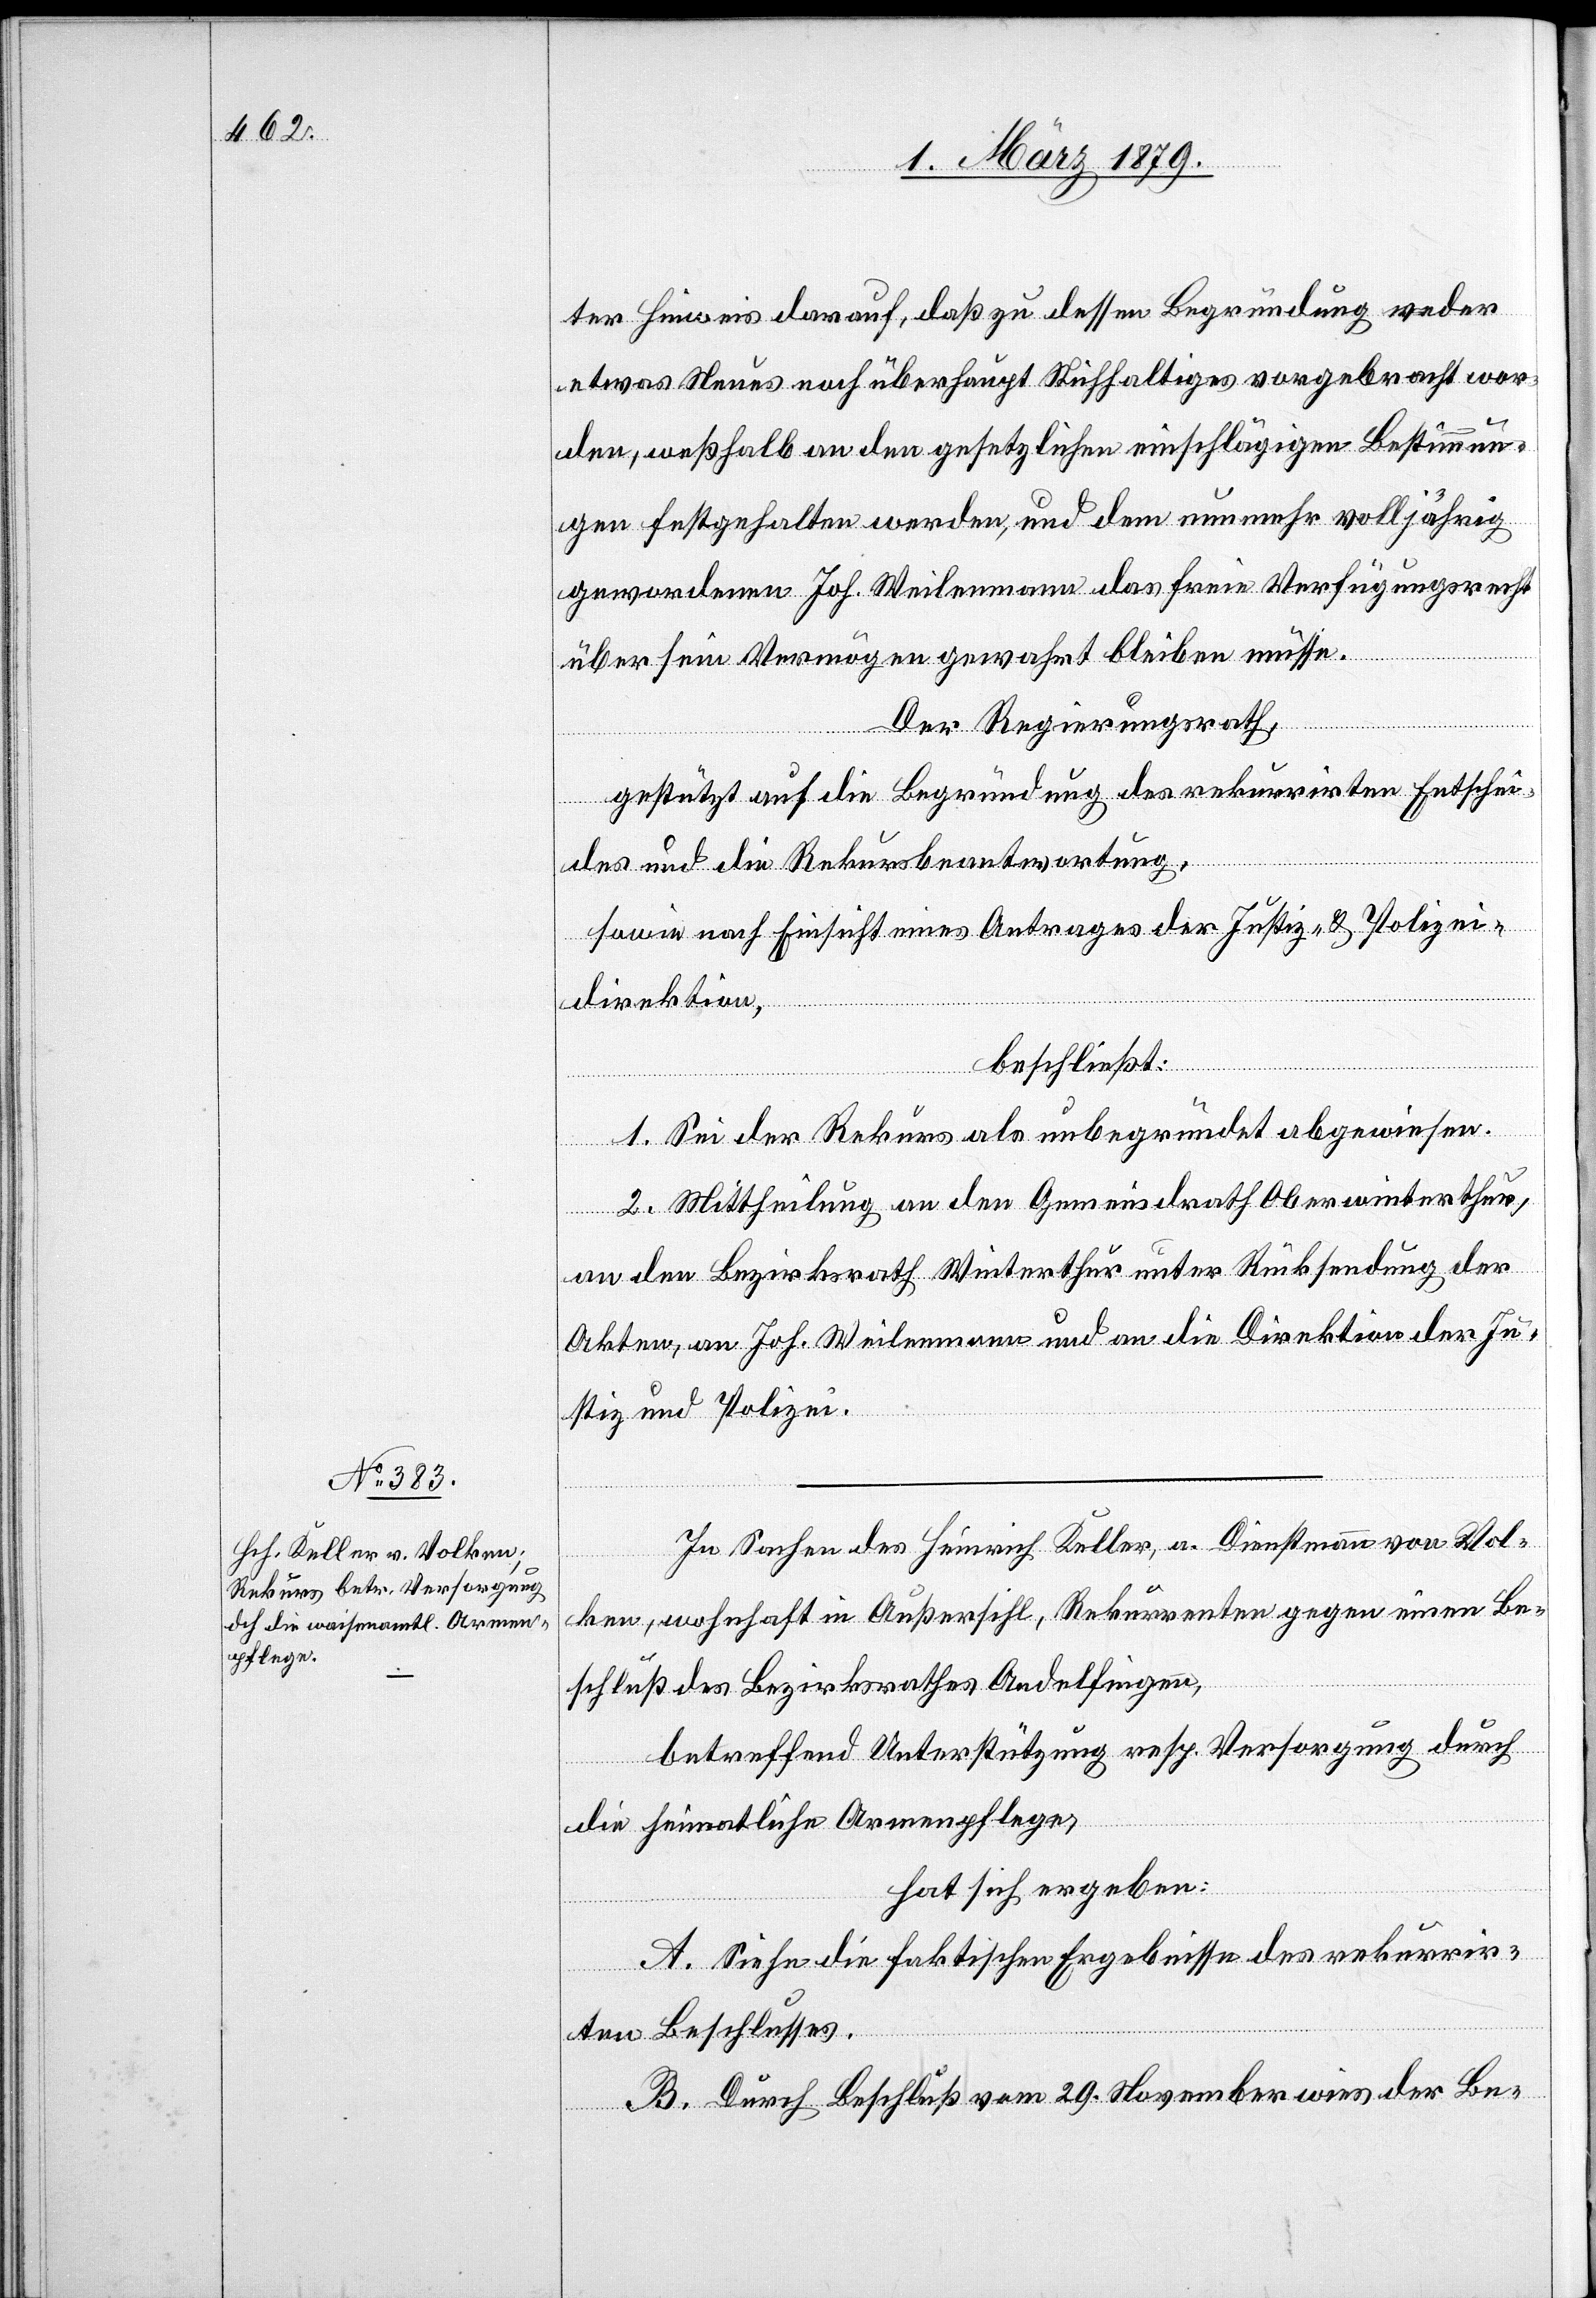
ter Hinweis darauf, daß zu dessen Begründung weder
etwas Neues noch überhaupt Stichhaltiges vorgebracht wor¬
den, weßhalb an den gesetzlichen einschlägigen Bestimmun¬
gen festgehalten werden, und dem nunmehr volljährig
gewordenen Joh. Weilenmann das freie Verfügungsrecht
über sein Vermögen gewahrt bleiben müsse.
Der Regierungsrath,
gestützt auf die Begründung des rekurrirten Entschei¬
des und die Rekursbeantwortung,
sowie nach Einsicht eines Antrages Justiz- & Polizei¬
direktion,
beschließt:
1. Sei der Rekurs als unbegründet abgewiesen.
2. Mittheilung an den Gemeindrath Oberwinterthur,
an den Bezirksrath Winterthur unter Rücksendung der
Akten, an Joh. Weilenmann und an die Direktion der Ju¬
stiz und Polizei.
In Sachen des Heinrich Keller, a. Dienstmann von Vol¬
ken, wohnhaft in Außersihl, Rekurrenten gegen einen Be¬
schluß des Bezirksrathes Andelfingen,
betreffend Unterstützung resp. Versorgung durch
die heimatliche Armenpflege,
hat sich ergeben:
A. Siehe die faktischen Ergebnisse des rekurrir¬
ten Beschlusses.
B. Durch Beschluß vom 29. November wies der Be-